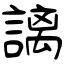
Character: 謧